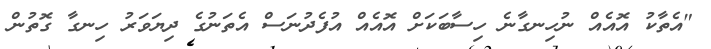
"އެތާކު އޮއެއް ނުހިނގާނެ ހިސާބަކަށް އޮއެއް އުފެދުނަސް އެތަނުގެ ދިޔަވަރު ހިނގާ ގޮތުން